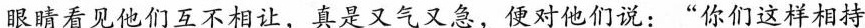
眼睛看见他们互不相让，真是又气又急，便对他们说：”你们这样相持